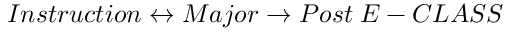
I n s t r u c t i o n \leftrightarrow M a j o r \rightarrow P o s t \; E - C L A S S